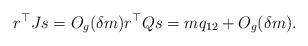
LaTeX: \begin{align*} {r}^{\top} J {s} = O_g(\delta m) {r}^{\top} Q {s} = m q_{12} + O_g( \delta m).\end{align*}